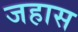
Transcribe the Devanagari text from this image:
जहास